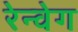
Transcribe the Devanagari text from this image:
रेन्वेग